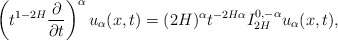
\begin{align*}\left(t^{1-2H}\frac{\partial}{\partial t}\right)^{\alpha} u_{\alpha}(x,t)=(2H)^{\alpha}t^{-2H\alpha}I^{0,-\alpha}_{2H}u_{\alpha}(x,t),\end{align*}